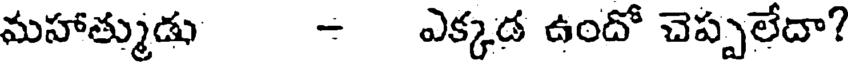
మహాత్ముడు - ఎక్కడ ఉందో చెప్పలేదా?